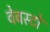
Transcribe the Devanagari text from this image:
वेबस्टो